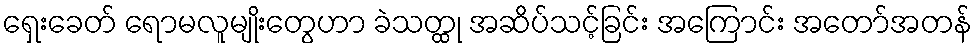
ရှေးခေတ် ရောမလူမျိုးတွေဟာ ခဲသတ္ထု အဆိပ်သင့်ခြင်း အကြောင်း အတော်အတန်